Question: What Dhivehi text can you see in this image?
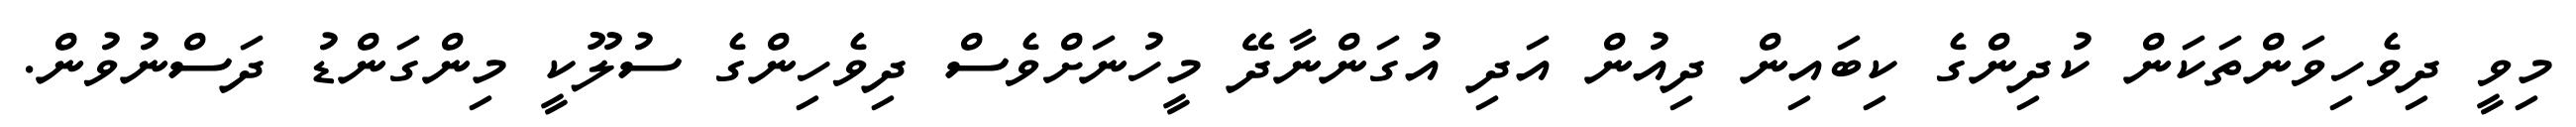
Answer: މިވީ ދިވެހިވަންތަކަން ކުދިންގެ ކިބައިން ދިއުން އަދި އުގަންނާދޭ މީހުނަށްވެސް ދިވެހިންގެ ސުލޫކީ މިންގަންޑު ދަސްނުވުން.